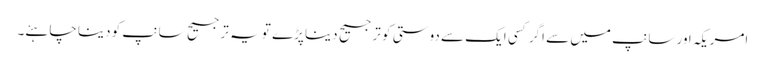
امریکہ اور سانپ میں سے اگر کسی ایک سے دوستی کو ترجیح دینا پڑے تو یہ ترجیح سانپ کو دینا چاہئے۔